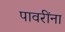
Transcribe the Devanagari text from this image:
पावरींना